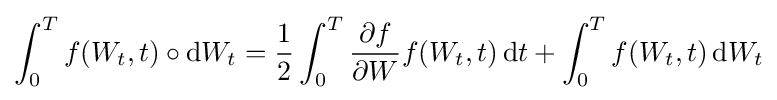
\int _{0}^{T}f(W_{t},t)\circ \mathrm {d} W_{t}={\frac {1}{2}}\int _{0}^{T}{\frac {\partial f}{\partial W}}f(W_{t},t)\,\mathrm {d} t+\int _{0}^{T}f(W_{t},t)\,\mathrm {d} W_{t}